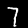
Label: 7